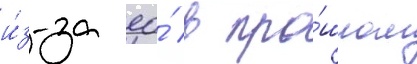
и́з-за ео́ в про́шлом